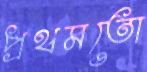
প্রথমতো